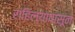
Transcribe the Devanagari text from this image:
राहिल्यापासून